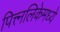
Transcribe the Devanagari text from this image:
पित्त्नलिकेमध्ये